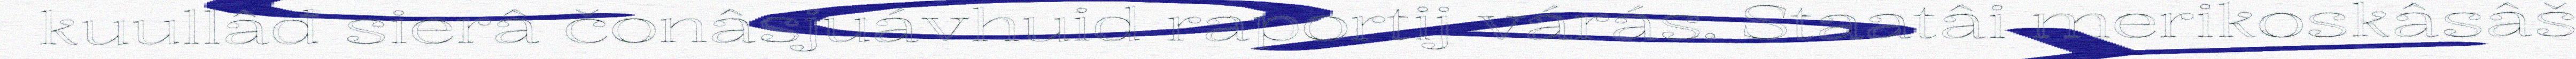
kuullâđ sierâ čonâsjuávhuid raportij várás. Staatâi merikoskâsâš